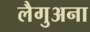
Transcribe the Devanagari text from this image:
लैगुअना